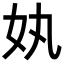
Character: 𡚺